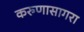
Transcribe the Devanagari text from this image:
करुणासागरा